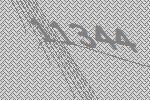
11344